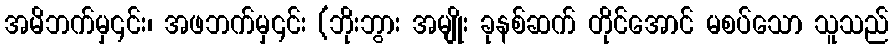
အမိဘက်မှ၎င်း၊ အဖဘက်မှ၎င်း (ဘိုးဘွား အမျိုး ခုနစ်ဆက် တိုင်အောင် မစပ်သော သူသည်